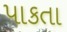
પાકતા